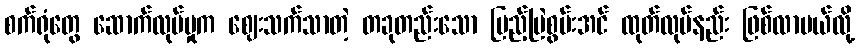
စက်ရုံတွေ ဆောက်လုပ်မှုက ဈေးသက်သာတဲ့ တခုတည်းသော ပြည့်မြဲစွမ်းအင် ထုတ်လုပ်နည်း ဖြစ်လာမယ်လို့